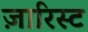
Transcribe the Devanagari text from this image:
ज़ारिस्ट